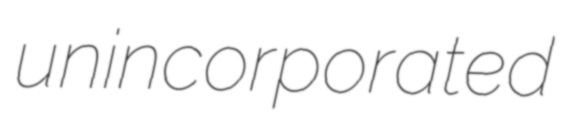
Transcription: unincorporated